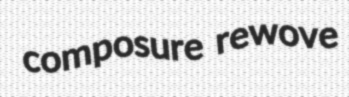
composure rewove